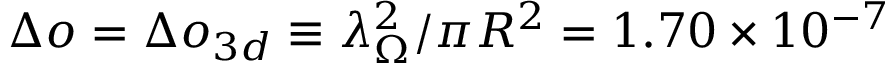
\Delta o = \Delta o _ { 3 d } \equiv \lambda _ { \Omega } ^ { 2 } / \pi R ^ { 2 } = 1 . 7 0 \times 1 0 ^ { - 7 }